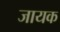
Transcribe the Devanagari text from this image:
जायक